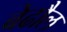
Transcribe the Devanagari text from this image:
बेढौल